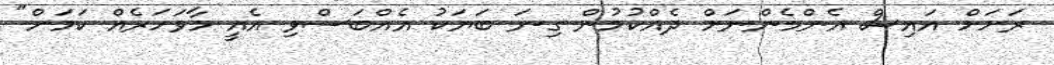
ރަށަށް އައިސް އެންމެންނަށް ދެއްކުމުން ގިނަ ބަޔަކު އެއްބަސްވި އެއީ މާވަހަރެއް ކަމަށް"